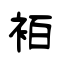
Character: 袹